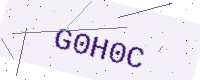
Text: G0H0C